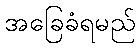
အခြေခံရမည်